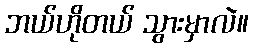
ဘယ်ဟိုတယ် သွားမှာလဲ။